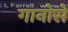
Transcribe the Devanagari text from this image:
गानोसे